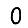
Digit: 0